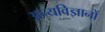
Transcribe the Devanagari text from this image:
अन्यविज्ञानों